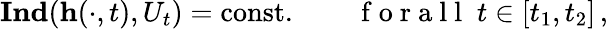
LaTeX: \mathbf{Ind}(\mathbf{h}(\cdot,t),U_{t})=\mathrm{const}.\qquad\mathrm{~f~o~r~a~l~l~}\; t\in[t_{1},t_{2}]\, ,